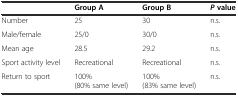
|  | Group A | Group B | Pvalue |
 | --- | --- | --- | --- |
 | Number | 25 | 30 | n.s. |
 | Male/female | 25/0 | 30/0 | n.s. |
 | Mean age | 28.5 | 29.2 | n.s. |
 | Sport activity level | Recreational | Recreational | n.s. |
 | Return to sport | 100% (80% same level) | 100% (83% same level) | n.s. |